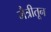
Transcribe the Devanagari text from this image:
मैत्रीतून